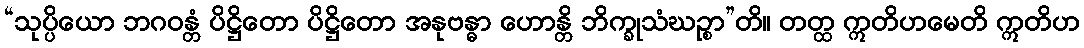
“သုပ္ပိယော ဘဂဝန္တံ ပိဋ္ဌိတော ပိဋ္ဌိတော အနုဗန္ဓာ ဟောန္တိ ဘိက္ခုသံဃဉ္စာ”တိ။ တတ္ထ ဣတိဟမေတိ ဣတိဟ